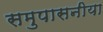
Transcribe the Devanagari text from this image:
समुपासनीया